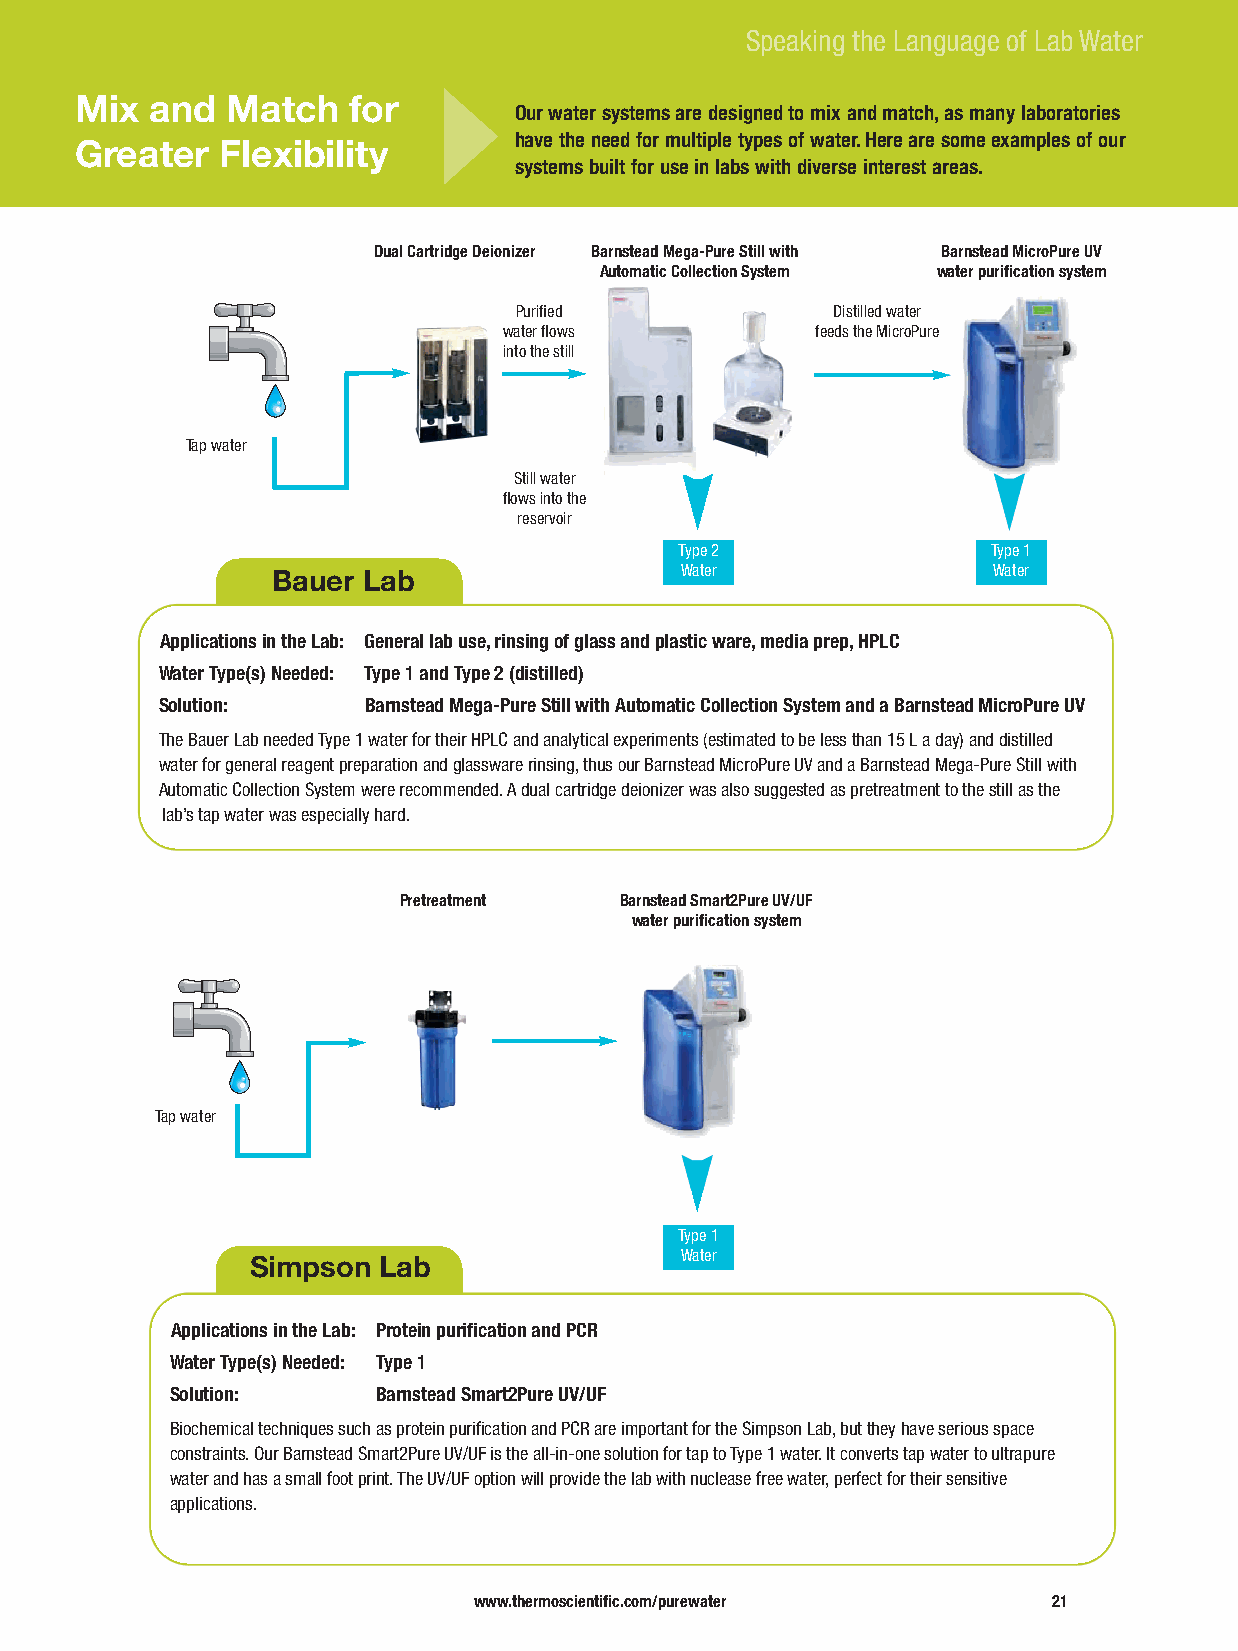
Speaking the Language of Lab Water
 Mix  and  Match   for
 Our water systems are designed to mix and match, as many laboratories
 have the need for multiple types of water. Here are some examples of our
 Greater   Flexibility
 systems built for use in labs with diverse interest areas.
 Dual Cartridge Deionizer Barnstead Mega-P ure Still with Barnstead MicroPure UV
 Automatic Collection System water purification system
 Purified             Distilled water
 water flows          feeds the MicroPure
 into the still
 Tap water
 Still water
 flows into the
 reservoir
 Type 2               Type 1
 Bauer Lab                  Water                Water
 Applications in the Lab: General lab use, rinsing of glass and plastic ware, media prep, HPLC
 Water Type(s) Needed: Type 1 and Type 2 (distilled)
 Solution:    Barnstead Mega-Pure Still with Automatic Collection System and a BarnsteadMicroPure UV
 The Bauer Lab needed Type 1 water for their HPLC and analytical experiments (estimated to be less than 15 L a day) and distilled
 water for general reagent preparation and glassware rinsing, thus our Barnstead MicroPure UV and a Barnstead Mega-Pure Still with
 Automatic Collection System were recommended. A dual cartridge deionizer was also suggested as pretreatment to the still as the
 lab’s tap water was especially hard.
 Pretreatment   Barnstead Smart2Pure UV/UF
 water purification system
 Tap water
 Type 1
 Simpson Lab                 Water
 Applications in the Lab: Protein purification and PCR
 Water Type(s) Needed: Type 1
 Solution:     Barnstead Smart2Pure UV/UF
 Biochemical techniques such as protein purification and PCR are important for the Simpson Lab, but they have serious space
 constraints. Our Barnstead Smart2Pure UV/UF is the all-in-one solution for tap to Type 1 water. It converts tap water to ultrapure
 water and has a small foot print. The UV/UF option will provide the lab with nuclease free water, perfect for their sensitive
 applications.
 www.thermoscientific.com/purewater     21